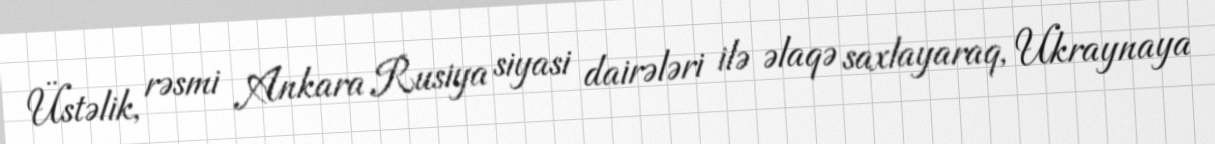
Üstəlik, rəsmi Ankara Rusiya siyasi dairələri ilə əlaqə saxlayaraq, Ukraynaya